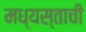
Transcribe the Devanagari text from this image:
मध्यस्ताची